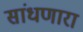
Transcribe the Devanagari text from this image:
सांधणारा